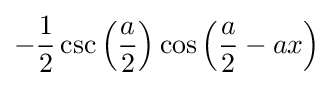
-{\dfrac {1}{2}}\csc \left({\dfrac {a}{2}}\right)\cos \left({\dfrac {a}{2}}-ax\right)